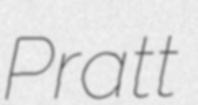
Pratt